Vaccination in Bombay 1869-1873 - 1869-1873
Year: 1869
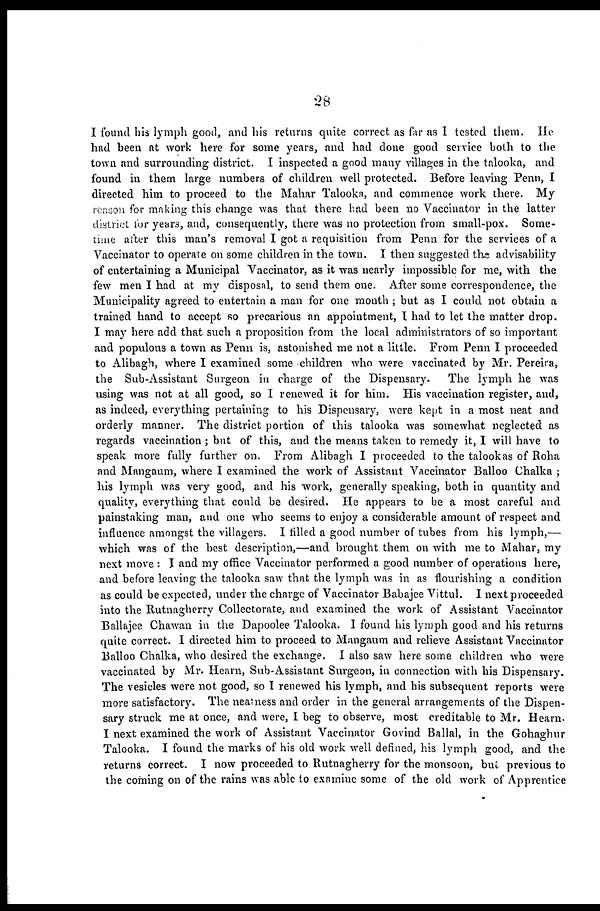
28
I found his lymph good, and his returns quite correct as far as 1 tested them. He
had been at work here for some years, and had done good service both to the
town and surrounding district. I inspected a good many villages in the talooka, and
found in them large numbers of children well protected. Before leaving Penn, I
directed him to proceed to the Mahar Talooka, and commence work there. My
reason for making this change was that there had been no Vaccinator in the latter
district for years, and, consequently, there was no protection from small-pox. Some-
time after this man's removal I got a requisition from Penn for the services of a
Vaccinator to operate on some children in the town. I then suggested the advisability
of entertaining a Municipal Vaccinator, as it was nearly impossible for me, with the
few men I had at my disposal, to send them one. After some correspondence, the
Municipality agreed to entertain a man for one month ; but as I could not obtain a
trained hand to accept so precarious an appointment, I had to let the matter drop.
I may here add that such a proposition from the local administrators of so important
and populous a town as Penn is, astonished me not a little. From Penn I proceeded
to Alibagh, where I examined some children who were vaccinated by Mr. Pereira,
the Sub-Assistant Surgeon in charge of the Dispensary.
The lymph he was
using was not at all good, so I renewed it for him. His vaccination register, and,
as indeed, everything pertaining to his Dispensary, were kept in a most neat and
orderly manner. The district portion of this talooka was somewhat neglected as
regards vaccination ; but of this, and the means taken to remedy it, I will have to
speak more fully further on. From Alibagh I proceeded to the talookas of Roha
and Mangaum, where I examined the work of Assistant Vaccinator Balloo Chalka ;
his lymph was very good, and his work, generally speaking, both in quantity and
quality, everything that could be desired. He appears to be a most careful and
painstaking man, and one who seems to enjoy a considerable amount of respect and
influence amongst the villagers. I filled a good number of tubes from his lymph,—
which was of the best description,—and brought them on with me to Mahar, my
next move : I and my office Vaccinator performed a good number of operations here,
and before leaving the talooka saw that the lymph was in as flourishing a condition
as could be expected, under the charge of Vaccinator Babajee Vittul. I next proceeded
into the Rutnagherry Collectorate, and examined the work of Assistant Vaccinator
Ballajee Chawan in the Dapoolee Talooka. I found his lymph good and his returns
quite correct. I directed him to proceed to Mangaum and relieve Assistant Vaccinator
Balloo Chalka, who desired the exchange. I also saw here some children who were
vaccinated by Mr. Hearn, Sub-Assistant Surgeon, in connection with his Dispensary.
The vesicles were not good, so I renewed his lymph, and his subsequent reports were
more satisfactory. The neatness and order in the general arrangements of the Dispen-
sary struck me at once, and were, I beg to observe, most creditable to Mr. Hearn.
I next examined the work of Assistant Vaccinator Govind Ballal, in the Gohaghur
Talooka. I found the marks of his old work well defined, his lymph good, and the
returns correct. I now proceeded to Rutnagherry for the monsoon, but previous to
the coming on of the rains was able to examine some of the old work of Apprentice